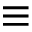
\equiv